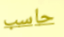
حاسب